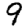
Digit: 9